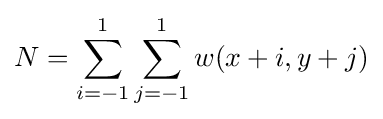
N=\sum \limits _{i=-1}^{1}\sum \limits _{j=-1}^{1}w(x+i,y+j)